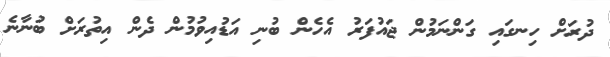
ދުރަށް ހިނގައި ގަންނަމުން ޖައުފަރު އެހެން ބުނި އަޑުއިވުމުން ދެން އިތުރަށް ބުނާނެ